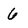
Character: 6